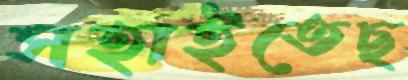
সহাইতেছ